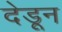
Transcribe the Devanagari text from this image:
देडून